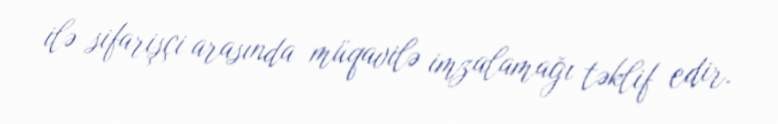
ilə sifarişçi arasında müqavilə imzalamağı təklif edir.